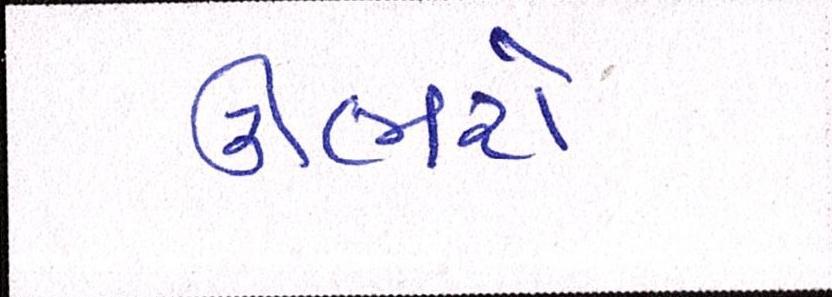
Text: ઊભરો